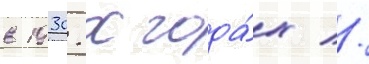
в 1930-х года́х //